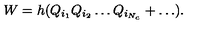
W = h ( Q _ { i _ { 1 } } Q _ { i _ { 2 } } \dots Q _ { i _ { N _ { c } } } + \dots ) .